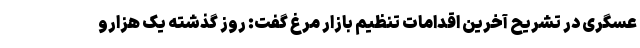
عسگری در تشریح آخرین اقدامات تنظیم بازار مرغ گفت: روز گذشته یک هزارو